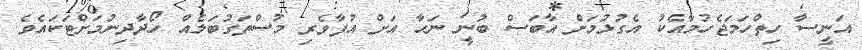
އަނީސާ ހިތްހަމަޖެހުމާއެކު އެގުޅުމަށް އާބަސް ބުނީ ނަހާ އަށް އުފާވެރި މުސްތަގުބަލެއް ހޯދާދިނުމަށްޓަކައެވެ.